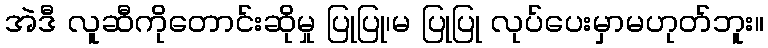
အဲဒီ လူဆီကိုတောင်းဆိုမှု ပြုပြု၊မ ပြုပြု လုပ်ပေးမှာမဟုတ်ဘူး။